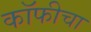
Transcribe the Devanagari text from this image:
कॉफीचा